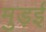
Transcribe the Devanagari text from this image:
मुड़ई